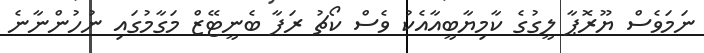
ނަމަވެސް ޔޫރޮޕާ ލީގުގެ ކާމިޔާބީއާއެކު ވެސް ކޯޗު ރަފާ ބެނީޓޭޒް މަގާމުގައި ނުހުންނާނެ